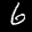
Label: 6